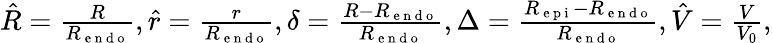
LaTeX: \begin{array}{r}{\hat{R}=\frac{R}{R_{\mathrm{~e~n~d~o~}}},\hat{r}=\frac{r}{R_{\mathrm{~e~n~d~o~}}},\delta=\frac{R-R_{\mathrm{~e~n~d~o~}}}{R_{\mathrm{~e~n~d~o~}}},\Delta=\frac{R_{\mathrm{~e~p~i~}}-R_{\mathrm{~e~n~d~o~}}}{R_{\mathrm{~e~n~d~o~}}},\hat{V}=\frac{V}{V_{0}},}\end{array}